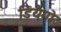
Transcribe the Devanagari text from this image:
डियैगो